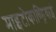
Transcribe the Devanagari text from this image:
माइटोकाण्ड्रियाई